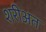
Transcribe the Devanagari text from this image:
शरीअत